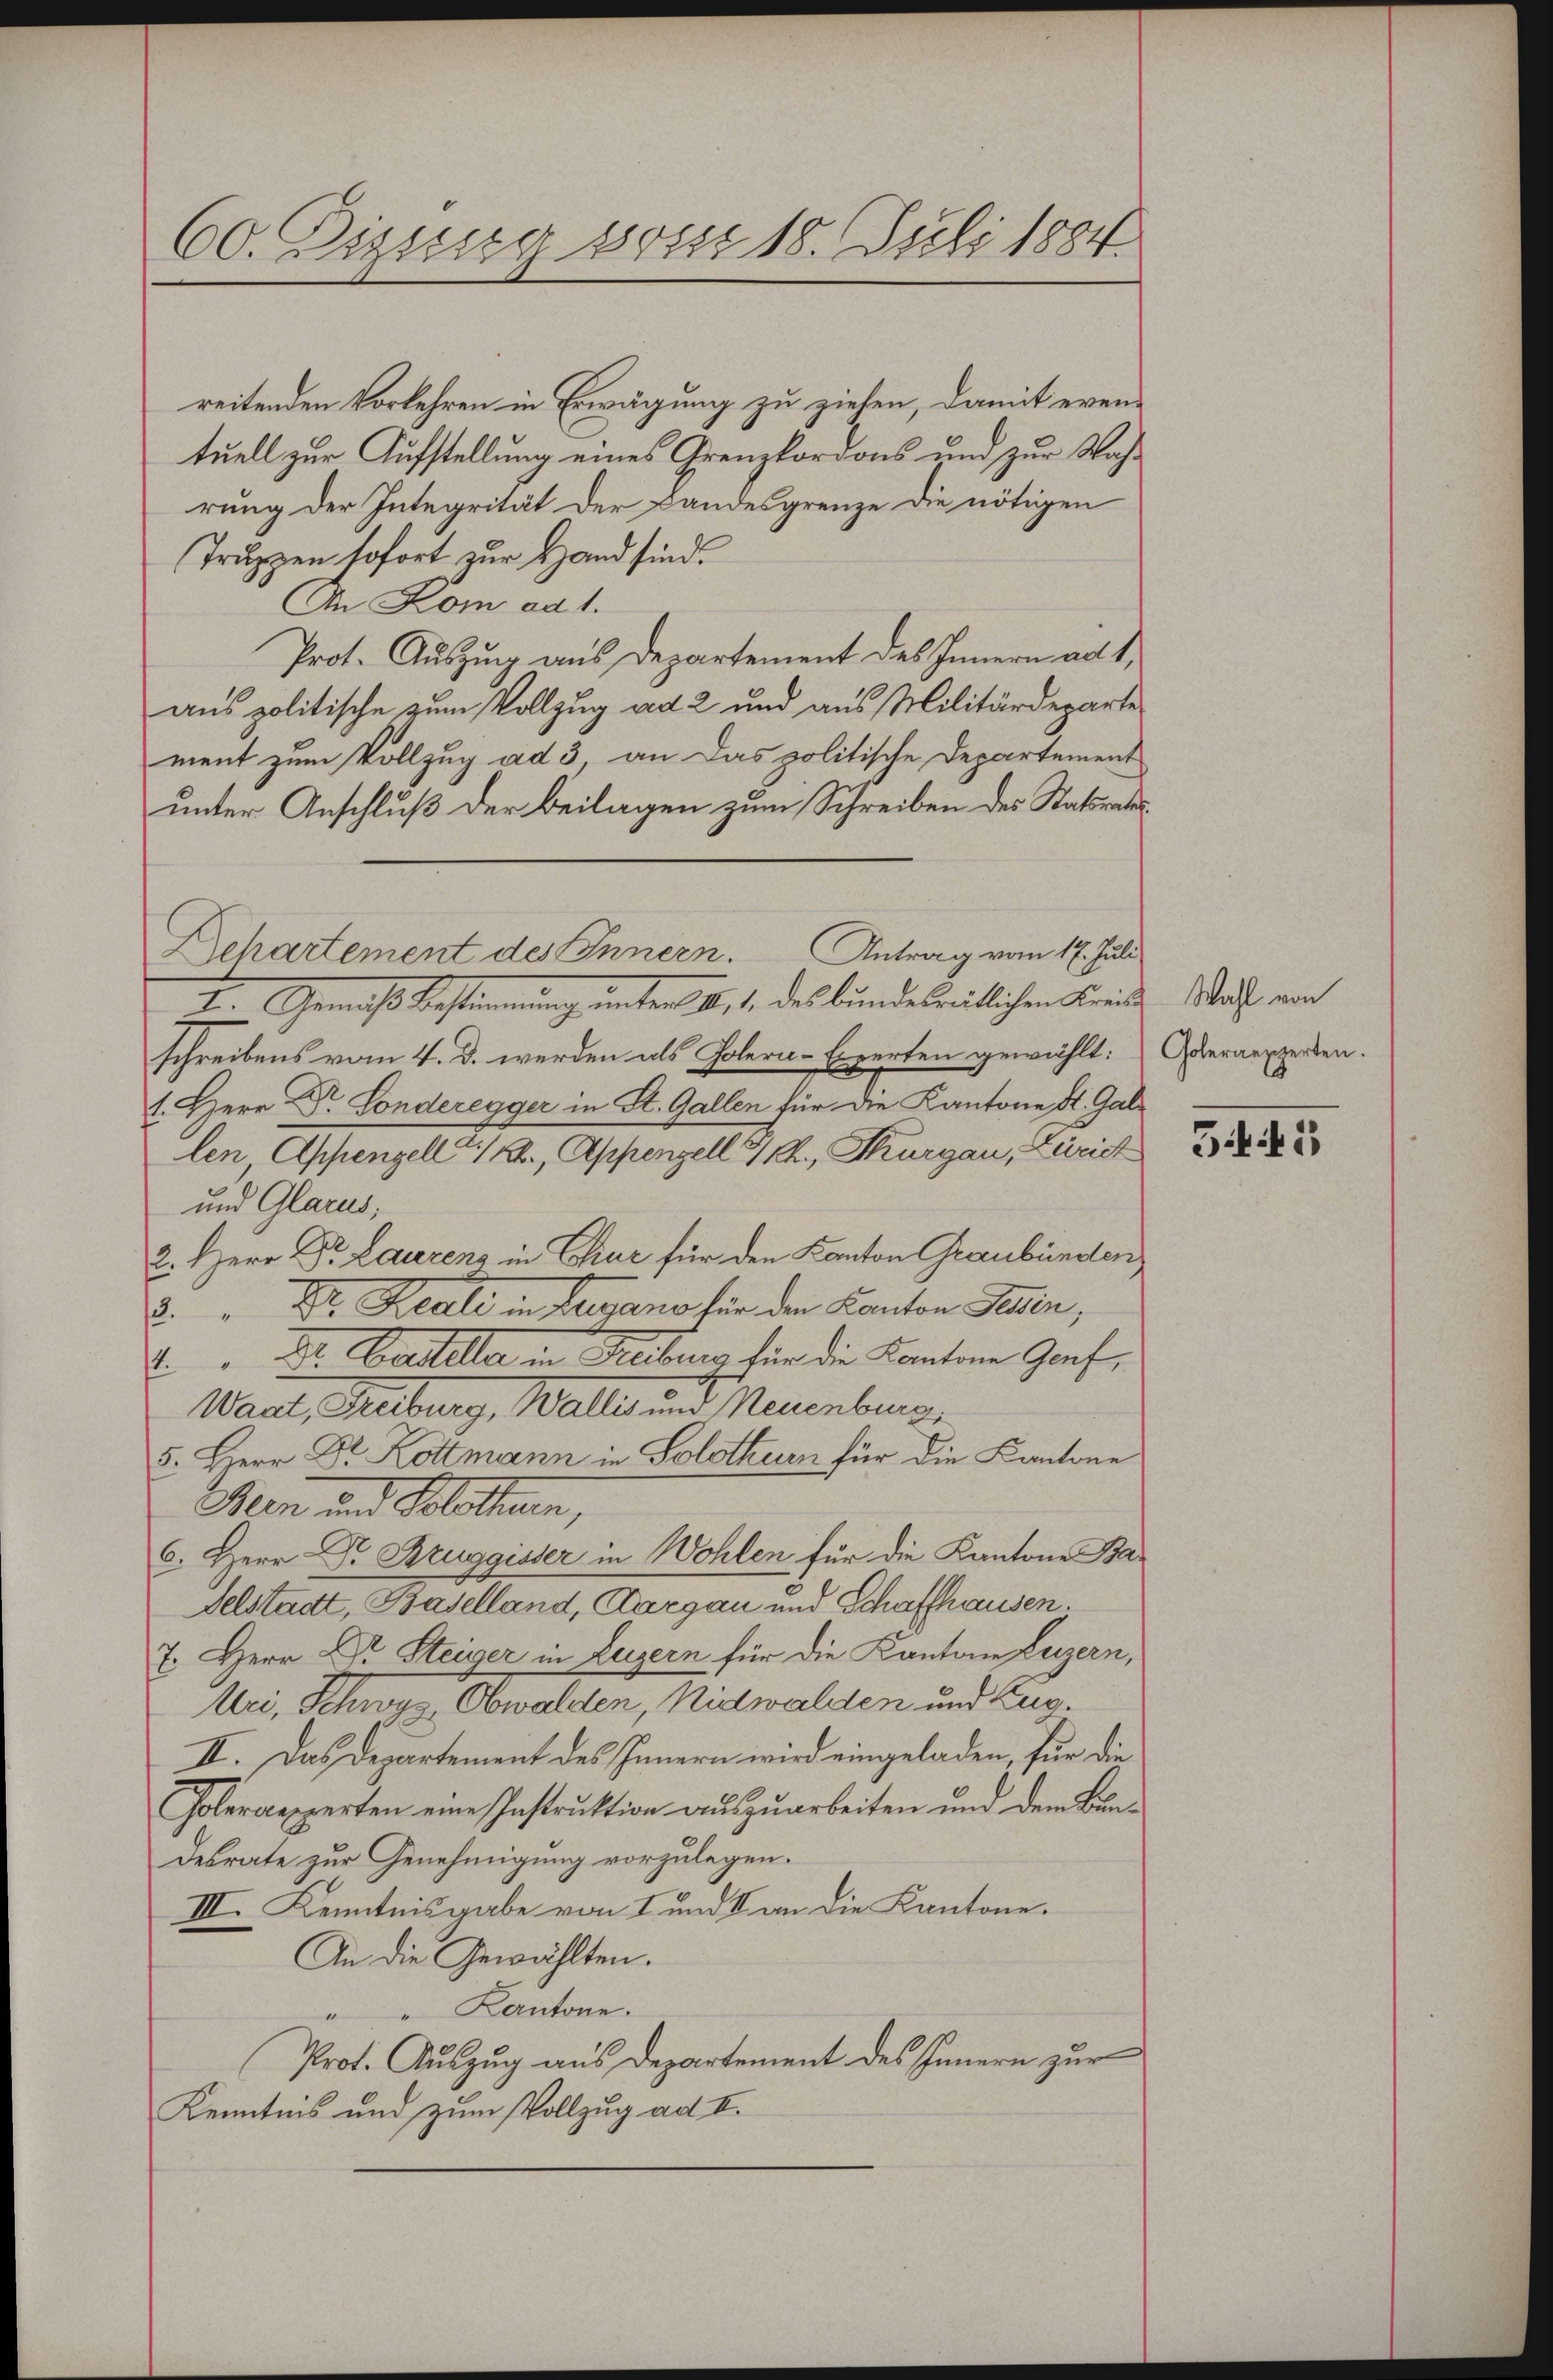
60. Dizung von 18. Juli 1884.

reitenden Vorkehren in Erwägung zu ziehen, damit even
tuell zur Aufstellung eines Grenzkordons und zur Wahrung der Integrität der Landesgrenze die nötigen
Truppen sofort zur Hand sind.
An Kom ad 1.
Prot. Auszug aus Departement des Innern ad 1,
aus politische zum Vollzug ad 2 und aus Militärdeparte
ment zum Vollzug ad 3 an das politische Departement
unter Anschluß der Beilagen zum Schreiben des Statsrates
I. Gemäß bestimmung unter 1. 1. des bundesrätlichen Kreise Macht, von
schreibens vom 4. d. werden als Polera-Experten gewählt:
1. Herr Dr. Londeregger in St. Gallen für die Kantone St. Gal-
len Appenzell b., Appenzell Ch., Thurgau, Züricht
und Glarus,
2. Herr Dr. Laurenz in Chiae für den Kanton Graubünden
8. " Dr. Reale in Lugano für den Kanton Peten,
" Dr. Bettela in Rechnung für die Kantone Graf,
Want, Getreng, Walle und Neuenburg,
5. Herr Dr. Kottmann in Solothurn für die Kantone
Man und Solothurn,
6. Herr Dr. Bruggisser in Wohlen für die Kantone Ba
delstadt, Baselland, Aargau und Schaffhausen.
7. Herr Dr. Steiger in Luzern für die Kantonsfeizern,
Uri, Schwyz, Obwalden, Nidwalden und Zug.
II. Das Departement des Innern wird eingeladen, für die
Holeraexperten eine Instruktion auszuarbeiten und dem Bundesrate zur Genehmigung vorzulegen.
III. Kenntnisgabe von I und II an die Kantone.
An die Gewählten.
" Kantone.
Prot. Auszug aus Departement des Innern zur
Kenntnis und zum Vollzug ad II.

Dehartement des Innern. Antrag vom 17. Juli

Goleraepperten.

5445